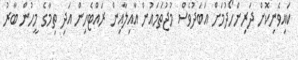
ކައިވެނިކޮށް ދަރިންހޯދުމަށް އަބަދުވެސް މުޖުތަމައުން އާއިލާއިން ރައްޓެހިން އަދި ތިމާގެ މީހުން ބާރު